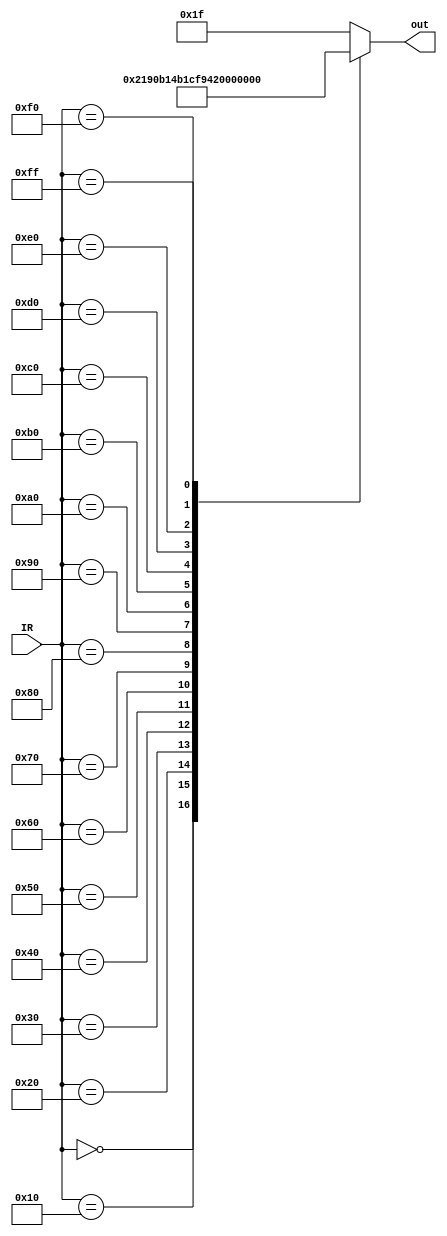
module MAP(IR,out);

	input [7:0] IR;		// 8 bit OPCODE
	output [4:0] out;		// 5 bit address of 1st microinstruction mapped from OPCODE address
	
	reg [4:0] out;
	
	always @ (IR)
		case (IR)
			8'd0: out = 5'b00010;	// RSTALL
			8'd16: out = 5'b00011;	// CONST
			8'd32: out = 5'b00100;	// MOV
			8'd48: out = 5'b00101;	// SIZE
			8'd64: out = 5'b10001;	// SUB
			8'd80: out = 5'b01001;	// JMPNZ
			8'd96: out = 5'b01100;	// MOV02
			8'd112: out = 5'b01110;	// ADDX
			8'd128: out = 5'b01111;	// ADDY
			8'd144: out = 5'b10010;	// MUL
			8'd160: out = 5'b10000;	// ADD
			8'd176: out = 5'b10011;	// LOAD
			8'd192: out = 5'b01101;	// MOV13
			8'd208: out = 5'b11000;	// INCI
			8'd224: out = 5'b10101;	// STORE
			8'd240: out = 5'b11001;	// RSTI
			8'd255: out = 5'b00000; // FETCH
			default: out = 5'b11111; // When there's no mapping
		endcase
	
endmodule